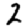
Digit: 2